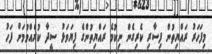
މިފަހަރު ރައްޔިތުން ފިސާރި ކެރިގެން ނިކުމެ ރައްޔިތުންގެ ފިޔަވަޅު ސީދާ ކުރެއްވުމަށް ފަހު